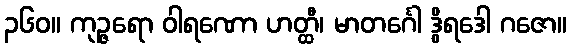
၃၆၀။ ကုဉ္ဇရော ဝါရဏော ဟတ္ထီ၊ မာတင်္ဂေါ ဒွိရဒေါ ဂဇော။